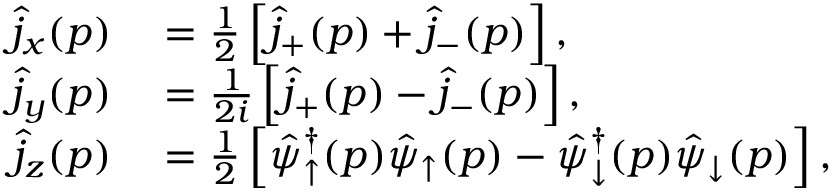
\begin{array} { r l } { \hat { j } _ { x } ( p ) } & { { } = \frac { 1 } { 2 } \left[ \hat { j } _ { + } ( p ) + \hat { j } _ { - } ( p ) \right] , } \\ { \hat { j } _ { y } ( p ) } & { { } = \frac { 1 } { 2 i } \left[ \hat { j } _ { + } ( p ) - \hat { j } _ { - } ( p ) \right] , } \\ { \hat { j } _ { z } ( p ) } & { { } = \frac { 1 } { 2 } \left[ \hat { \psi } _ { \uparrow } ^ { \dagger } ( p ) \hat { \psi } _ { \uparrow } ( p ) - \hat { \psi } _ { \downarrow } ^ { \dagger } ( p ) \hat { \psi } _ { \downarrow } ( p ) \right] , } \end{array}